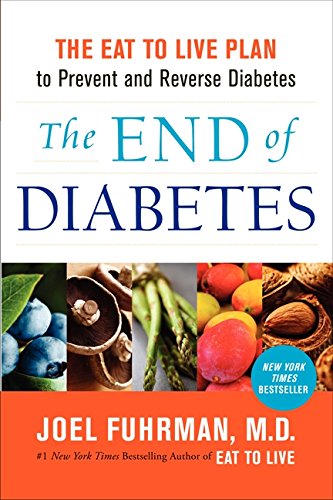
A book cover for The End of Diabetes: The Eat to Live Plan to Prevent and Reverse Diabetes; Joel Fuhrman; Medical Books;